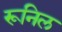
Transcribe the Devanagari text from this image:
रूनिल